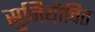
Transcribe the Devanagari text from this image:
सुनियोचित